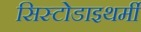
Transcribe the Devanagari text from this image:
सिस्टोडाइथर्मी